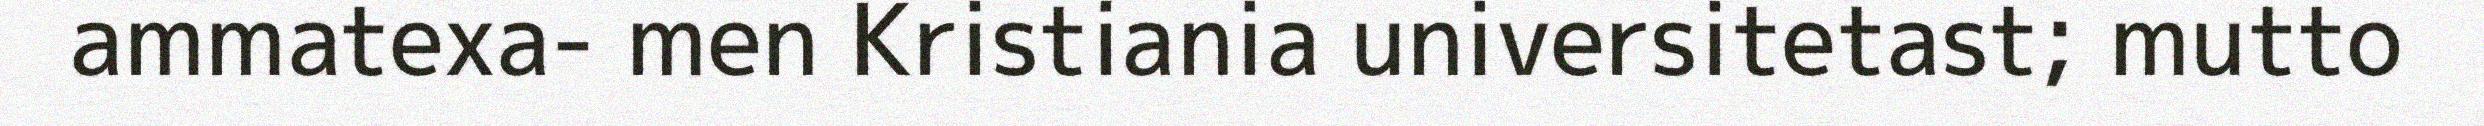
ammatexa- men Kristiania universitetast; mutto